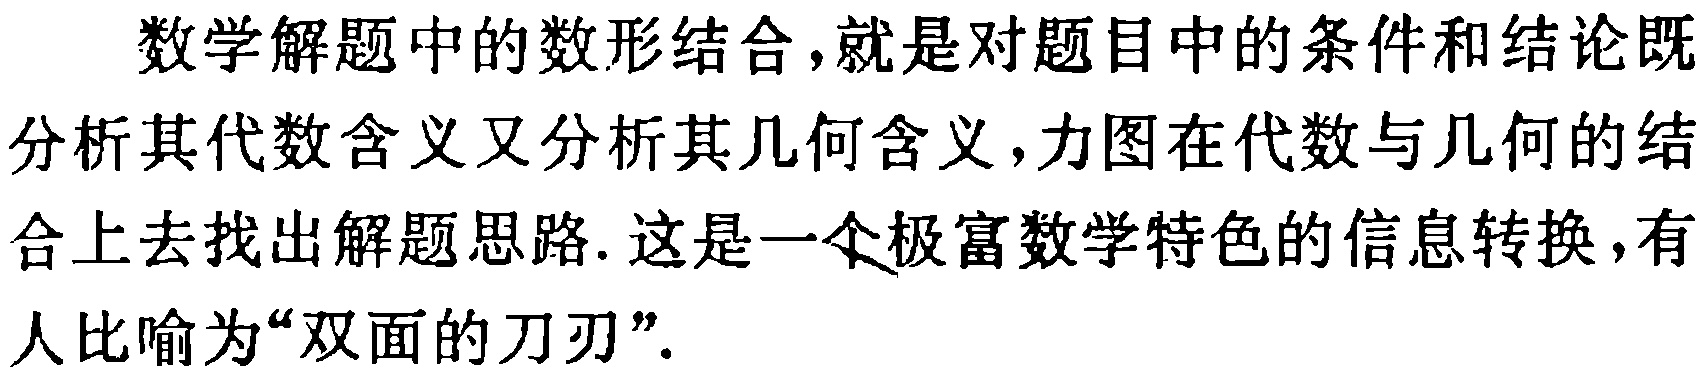
数学解题中的数形结合，就是对题目中的条件和结论既分析其代数含义又分析其几何含义，力图在代数与几何的结合上去找出解题思路. 这是一个极富数学特色的信息转换，有人比喻为“双面的刀刃”.